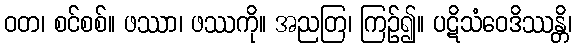
ဝတ၊ စင်စစ်။ ဖဿာ၊ ဖဿကို။ အညတြ၊ ကြဉ်၍။ ပဋိသံဝေဒိဿန္တိ၊